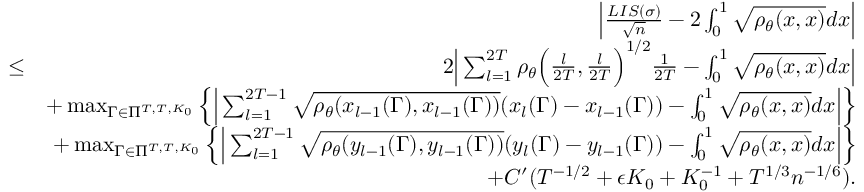
\begin{array} { r l r } & { } & { \Big | \frac { L I S ( \sigma ) } { \sqrt { n } } - 2 \int _ { 0 } ^ { 1 } \sqrt { \rho _ { \theta } ( x , x ) } d x \Big | } \\ & { \leq } & { 2 \Big | \sum _ { l = 1 } ^ { 2 T } \rho _ { \theta } \Big ( \frac { l } { 2 T } , \frac { l } { 2 T } \Big ) ^ { 1 \slash 2 } \frac { 1 } { 2 T } - \int _ { 0 } ^ { 1 } \sqrt { \rho _ { \theta } ( x , x ) } d x \Big | } \\ & { } & { + \operatorname* { m a x } _ { \Gamma \in \Pi ^ { T , T , K _ { 0 } } } \Big \{ \Big | \sum _ { l = 1 } ^ { 2 T - 1 } \sqrt { \rho _ { \theta } ( x _ { l - 1 } ( \Gamma ) , x _ { l - 1 } ( \Gamma ) ) } ( x _ { l } ( \Gamma ) - x _ { l - 1 } ( \Gamma ) ) - \int _ { 0 } ^ { 1 } \sqrt { \rho _ { \theta } ( x , x ) } d x \Big | \Big \} } \\ & { } & { + \operatorname* { m a x } _ { \Gamma \in \Pi ^ { T , T , K _ { 0 } } } \Big \{ \Big | \sum _ { l = 1 } ^ { 2 T - 1 } \sqrt { \rho _ { \theta } ( y _ { l - 1 } ( \Gamma ) , y _ { l - 1 } ( \Gamma ) ) } ( y _ { l } ( \Gamma ) - y _ { l - 1 } ( \Gamma ) ) - \int _ { 0 } ^ { 1 } \sqrt { \rho _ { \theta } ( x , x ) } d x \Big | \Big \} } \\ & { } & { + C ^ { \prime } ( T ^ { - 1 \slash 2 } + \epsilon K _ { 0 } + K _ { 0 } ^ { - 1 } + T ^ { 1 \slash 3 } n ^ { - 1 \slash 6 } ) . } \end{array}